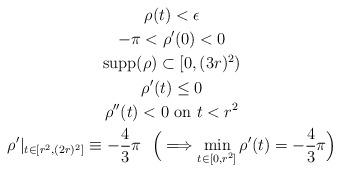
LaTeX: \begin{gather*}\rho(t)<\epsilon \\ -\pi<\rho'(0)<0 \\\textrm{supp}(\rho)\subset [0,(3r)^2) \\\rho'(t)\le 0 \\ \rho''(t)<0 \ \textrm{on} \ t< r^2 \\\rho'|_{t\in [r^2,(2r)^2]}\equiv -\frac{4}{3}\pi \ \ \Big(\Longrightarrow \min_{t\in [0,r^2]}\rho'(t)=-\frac{4}{3}\pi \Big)\end{gather*}